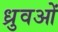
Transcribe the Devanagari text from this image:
ध्रुवओं